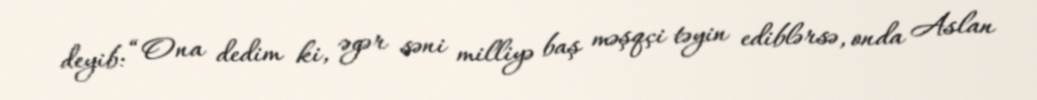
deyib: “Ona dedim ki, əgər səni milliyə baş məşqçi təyin ediblərsə, onda Aslan